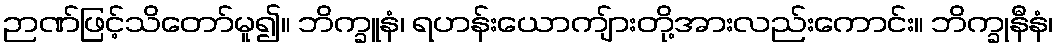
ဉာဏ်ဖြင့်သိတော်မူ၍။ ဘိက္ခူနံ၊ ရဟန်းယောကျ်ားတို့အားလည်းကောင်း။ ဘိက္ခုနီနံ၊